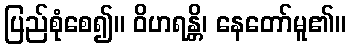
ပြည်စုံစေ၍။ ဝိဟရန္တိ၊ နေတော်မူ၏။